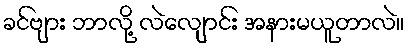
ခင်ဗျား ဘာလို့ လဲလျောင်း အနားမယူတာလဲ။